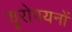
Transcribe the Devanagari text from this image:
यूरोपयनों